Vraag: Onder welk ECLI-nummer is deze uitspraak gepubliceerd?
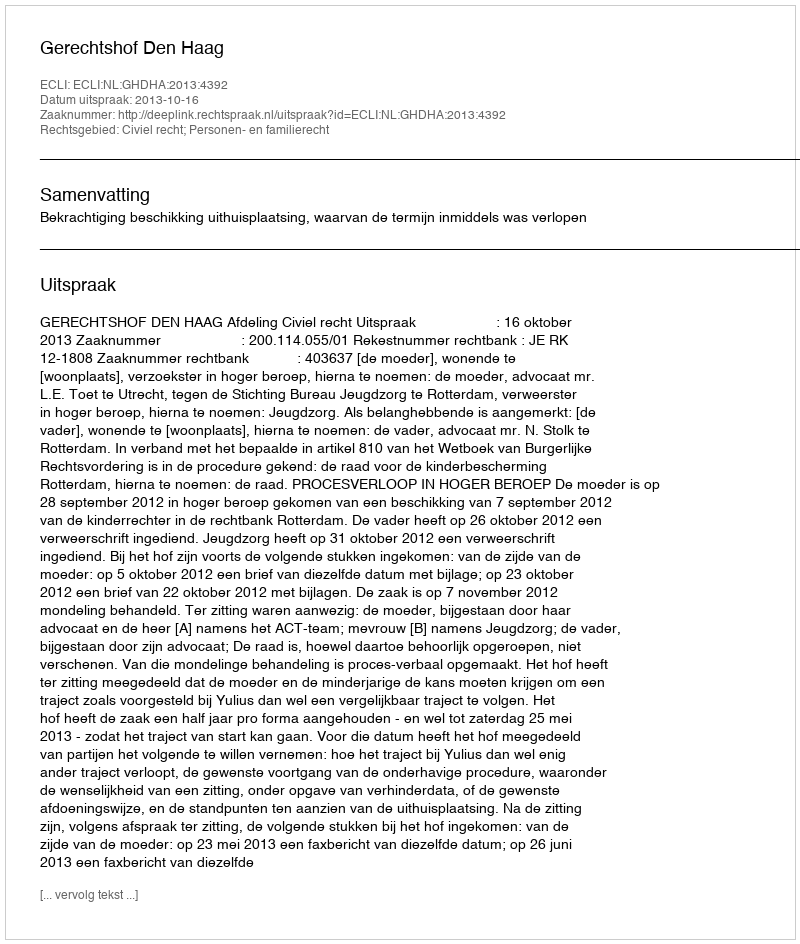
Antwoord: ECLI:NL:GHDHA:2013:4392